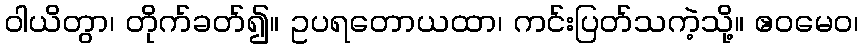
ဝါယိတွာ၊ တိုက်ခတ်၍။ ဥပရတောယထာ၊ ကင်းပြတ်သကဲ့သို့။ ဧဝမေဝ၊